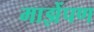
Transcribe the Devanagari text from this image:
माझेंपण